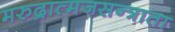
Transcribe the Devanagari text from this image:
मरुद्रात्मजसन्त्राता